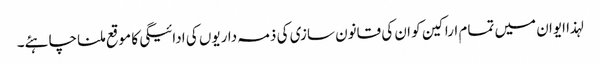
لہذا ایوان میں تمام اراکین کو ان کی قانون سازی کی ذمہ داریوں کی ادائیگی کا موقع ملنا چاہئے۔